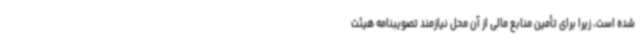
شده است، زیرا برای تأمین منابع مالی از آن محل نیازمند تصویبنامه هیئت